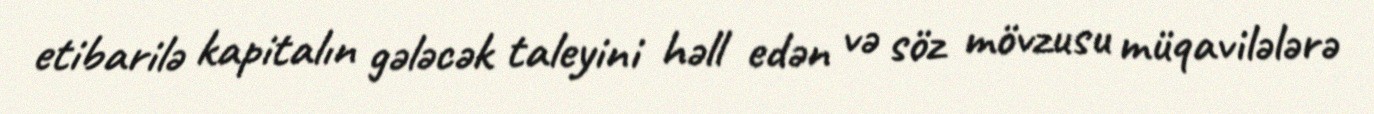
etibarilə kapitalın gələcək taleyini həll edən və söz mövzusu müqavilələrə